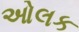
ઓલક